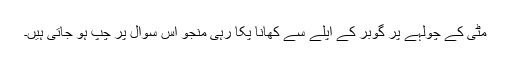
مٹی کے چولہے پر گوبر کے اپلے سے کھانا پکا رہی منجو اس سوال پر چپ ہو جاتی ہیں۔